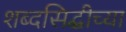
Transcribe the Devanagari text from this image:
शब्दसिद्धीच्या